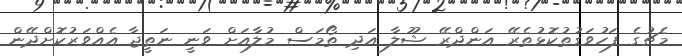
މެޗުގެ ފަހުވަގުތުކޮޅުތެރޭ އަންދްރޭ ޝޫލާ އަދި ތޯމަސް މުލާއަށް ވަނީ ނަތީޖާ އެއްވަރުކޮށްދޭން